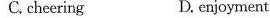
C.cheering D.enjoyment